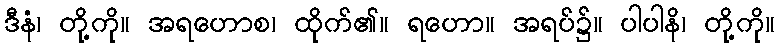
ဒီနံ၊ တို့ကို။ အရဟောစ၊ ထိုက်၏။ ရဟော။ အရပ်၌။ ပါပါနိ၊ တို့ကို။